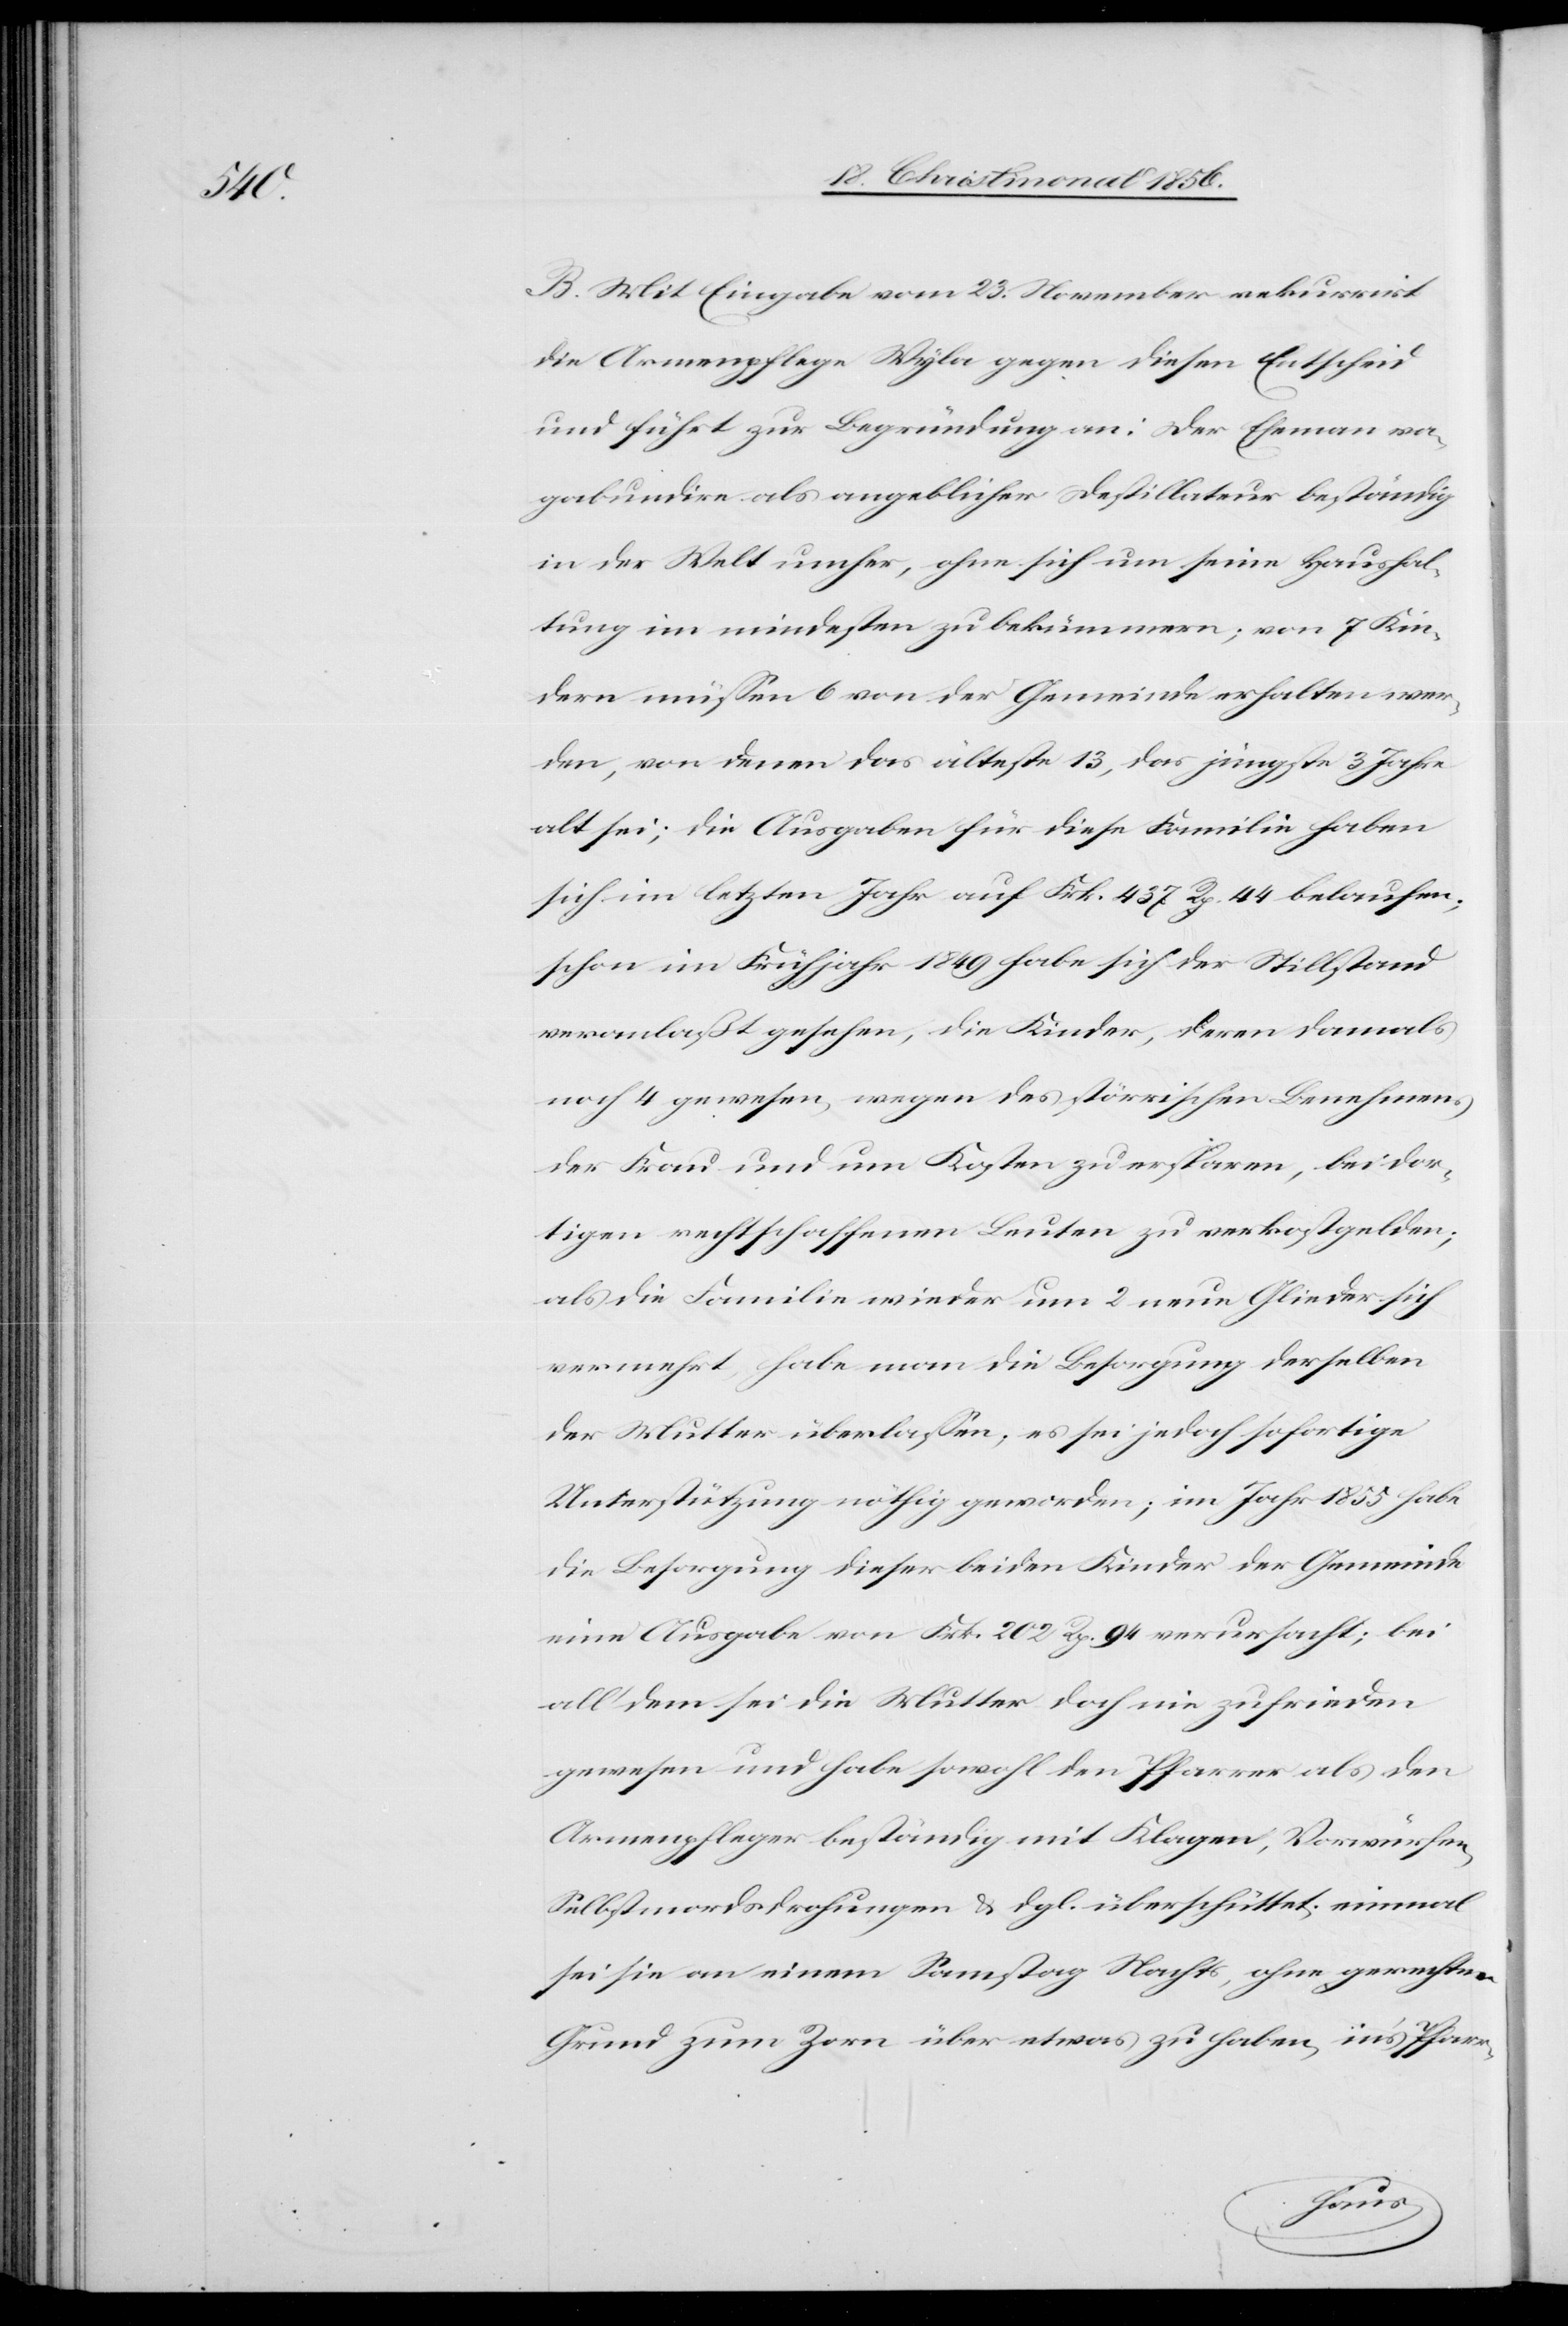
va¬

B. Mit Eingabe vom 23. November rekurrirt
die Armenpflege Wyla gegen diesen Entscheid
und führt zur Begründung an: Der Eheman
gabundire als angeblicher Destillateur beständig
in der Welt umher, ohne sich um seine Haushal¬
tung im mindesten zu bekümmern; von 7 Kin¬
dern müssen 6 von der Gemeinde erhalten wer¬
den, von denen das älteste 13, das jüngste 3 Jahre
alt sei; die Ausgaben für diese Familie haben
sich im letzten Jahr auf Frk. 437 Rp. 44 belaufen;
schon im Frühjahr 1849 habe sich der Stillstand
veranlaßt gesehen, die Kinder, deren damals
noch 4 gewesen, wegen des störrischen Benehmens
der Frau und um Kosten zu ersparen, bei dor¬
tigen rechtschaffenen Leuten zu verkostgelden;
als die Familie wieder um 2 neue Glieder sich
vermehrt, habe man die Besorgung derselben
der Mutter überlassen; es sei jedoch sofortige
Unterstützung nöthig geworden; im Jahr 1855 habe
die Besorgung dieser beiden Kinder der Gemeinde
eine Ausgabe von Frk. 202 Rp. 94 verursacht; bei
all' dem sei die Mutter doch nie zufrieden
gewesen und habe sowohl den Pfarrer als den
Armenpfleger beständig mit Klagen, Vorwürfen,
Selbstmordsdrohungen & dgl. überschüttet; einmal
sei sie an einem Samstag Nachts, ohne gerechten
Grund zum Zorn über etwas zu haben, in's Pfarr-